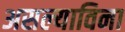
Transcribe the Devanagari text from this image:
असल्याविना